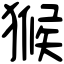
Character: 𤠣